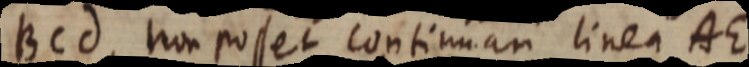
BCd, non posset contiman linea AE